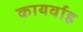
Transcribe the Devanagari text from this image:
कायर्वाह